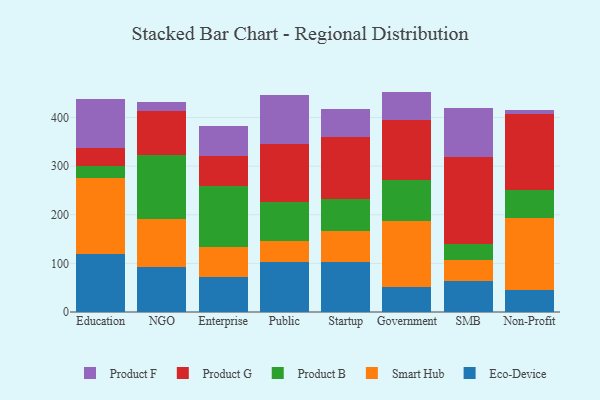
{"axis": {"x": "Segment", "y": "Active Users"}, "legend": ["Eco-Device", "Product B", "Product F", "Product G", "Smart Hub"], "data": [{"x": "Education", "y": 119.9, "type": "Eco-Device"}, {"x": "Education", "y": 155.0, "type": "Smart Hub"}, {"x": "Education", "y": 25.1, "type": "Product B"}, {"x": "Education", "y": 37.5, "type": "Product G"}, {"x": "Education", "y": 100.5, "type": "Product F"}, {"x": "NGO", "y": 91.9, "type": "Eco-Device"}, {"x": "NGO", "y": 99.4, "type": "Smart Hub"}, {"x": "NGO", "y": 131.9, "type": "Product B"}, {"x": "NGO", "y": 90.8, "type": "Product G"}, {"x": "NGO", "y": 18.1, "type": "Product F"}, {"x": "Enterprise", "y": 73.0, "type": "Eco-Device"}, {"x": "Enterprise", "y": 61.4, "type": "Smart Hub"}, {"x": "Enterprise", "y": 124.4, "type": "Product B"}, {"x": "Enterprise", "y": 62.1, "type": "Product G"}, {"x": "Enterprise", "y": 60.7, "type": "Product F"}, {"x": "Public", "y": 102.7, "type": "Eco-Device"}, {"x": "Public", "y": 42.6, "type": "Smart Hub"}, {"x": "Public", "y": 81.5, "type": "Product B"}, {"x": "Public", "y": 119.6, "type": "Product G"}, {"x": "Public", "y": 100.2, "type": "Product F"}, {"x": "Startup", "y": 101.9, "type": "Eco-Device"}, {"x": "Startup", "y": 64.1, "type": "Smart Hub"}, {"x": "Startup", "y": 67.4, "type": "Product B"}, {"x": "Startup", "y": 126.9, "type": "Product G"}, {"x": "Startup", "y": 56.3, "type": "Product F"}, {"x": "Government", "y": 51.0, "type": "Eco-Device"}, {"x": "Government", "y": 136.4, "type": "Smart Hub"}, {"x": "Government", "y": 83.6, "type": "Product B"}, {"x": "Government", "y": 122.9, "type": "Product G"}, {"x": "Government", "y": 59.4, "type": "Product F"}, {"x": "SMB", "y": 63.4, "type": "Eco-Device"}, {"x": "SMB", "y": 43.0, "type": "Smart Hub"}, {"x": "SMB", "y": 34.3, "type": "Product B"}, {"x": "SMB", "y": 177.4, "type": "Product G"}, {"x": "SMB", "y": 101.3, "type": "Product F"}, {"x": "Non-Profit", "y": 45.1, "type": "Eco-Device"}, {"x": "Non-Profit", "y": 149.1, "type": "Smart Hub"}, {"x": "Non-Profit", "y": 57.4, "type": "Product B"}, {"x": "Non-Profit", "y": 155.4, "type": "Product G"}, {"x": "Non-Profit", "y": 9.4, "type": "Product F"}]}